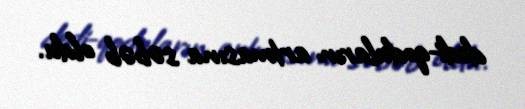
dedi-qoduların artmasına səbəb oldu.